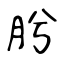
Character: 肹